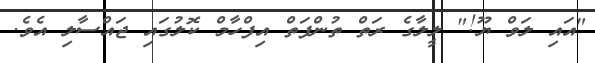
"އައި ލަވް ޔޫ!" ލީލާގެ ރަތް ތުންފަތް އިފްހާމް ކޮލުގައި ޖައްސާލި އެވެ.